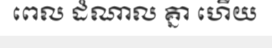
ពេល ដំណាល គ្នា ហើយ